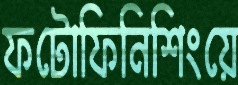
ফটোফিনিশিংয়ে